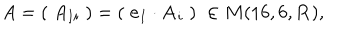
A = ( \; A _ { I i } \; ) = ( \; { \bf e } _ { I } \cdot { \bf A } _ { i } \; ) \; \in M ( 1 6 , 6 , { \bf R } ) ,